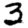
Digit: 3